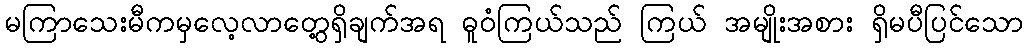
မကြာသေးမီကမှလေ့လာတွေ့ရှိချက်အရ ဓူဝံကြယ်သည် ကြယ် အမျိုးအစား ရှိမပီပြင်သော